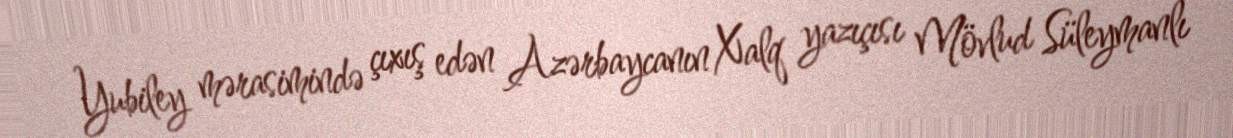
Yubiley mərasimində çıxış edən Azərbaycanın Xalq yazıçısı Mövlud Süleymanlı